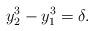
LaTeX: \begin{align*}y_2^3-y_1^3=\delta.\end{align*}